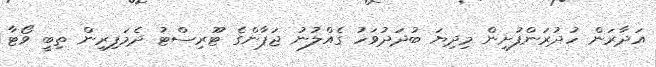
އަދާރަން ހުދުރަންފުށިން މިދިޔަ ބުދަދުވަހު ގެއްލުނު ޖަޕާންގެ ޓޫރިސްޓު ދެމަފިރިން ތިބީ ވޯޓާ